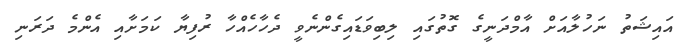
އައިޝަތު ނަހުލާއަށް އާމްދަނީގެ ގޮތުގައި ލިބިވަޑައިގެންނެވީ ދެހާހެއްހާ ރުފިޔާ ކަމަށާއި އެންމެ ދަރަނި